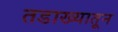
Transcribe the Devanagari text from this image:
तडाख्यातून